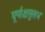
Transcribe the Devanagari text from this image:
घूर्णाक्षसुलभ